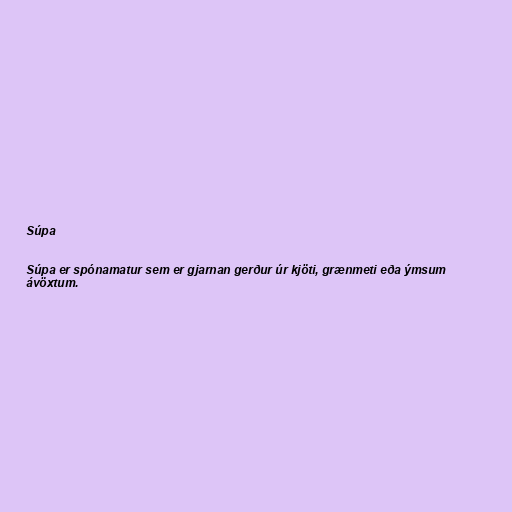
Súpa

Súpa er spónamatur sem er gjarnan gerður úr kjöti, grænmeti eða ýmsum
ávöxtum.